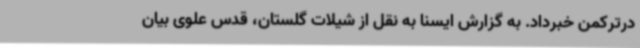
درترکمن خبرداد. به گزارش ایسنا به نقل از شیلات گلستان، قدس علوی بیان